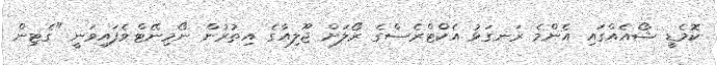
ކޮމެޑީ ޝޯއެއްގައި އެންމެ ރަނގަޅު އެކްޓްރެސްގެ ރޯލަށް ޖޫލިއާގެ އިތުރުން ނޯމިނޭޓްވެފައިވަނީ "ގެޓިން